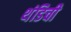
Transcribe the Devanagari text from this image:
थंडिची